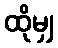
ထိုမျှ